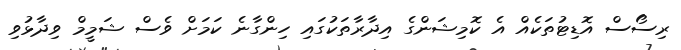
ރިސޯސް އޮޑިޓުތަކެއް އެ ކޮމިޝަންގެ އިދާރާތަކުގައި ހިންގާނެ ކަމަށް ވެސް ޝަމީމް ވިދާޅުވި